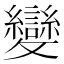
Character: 變